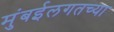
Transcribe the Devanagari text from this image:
मुंबईलगतच्या